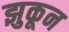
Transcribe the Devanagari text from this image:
झुकून